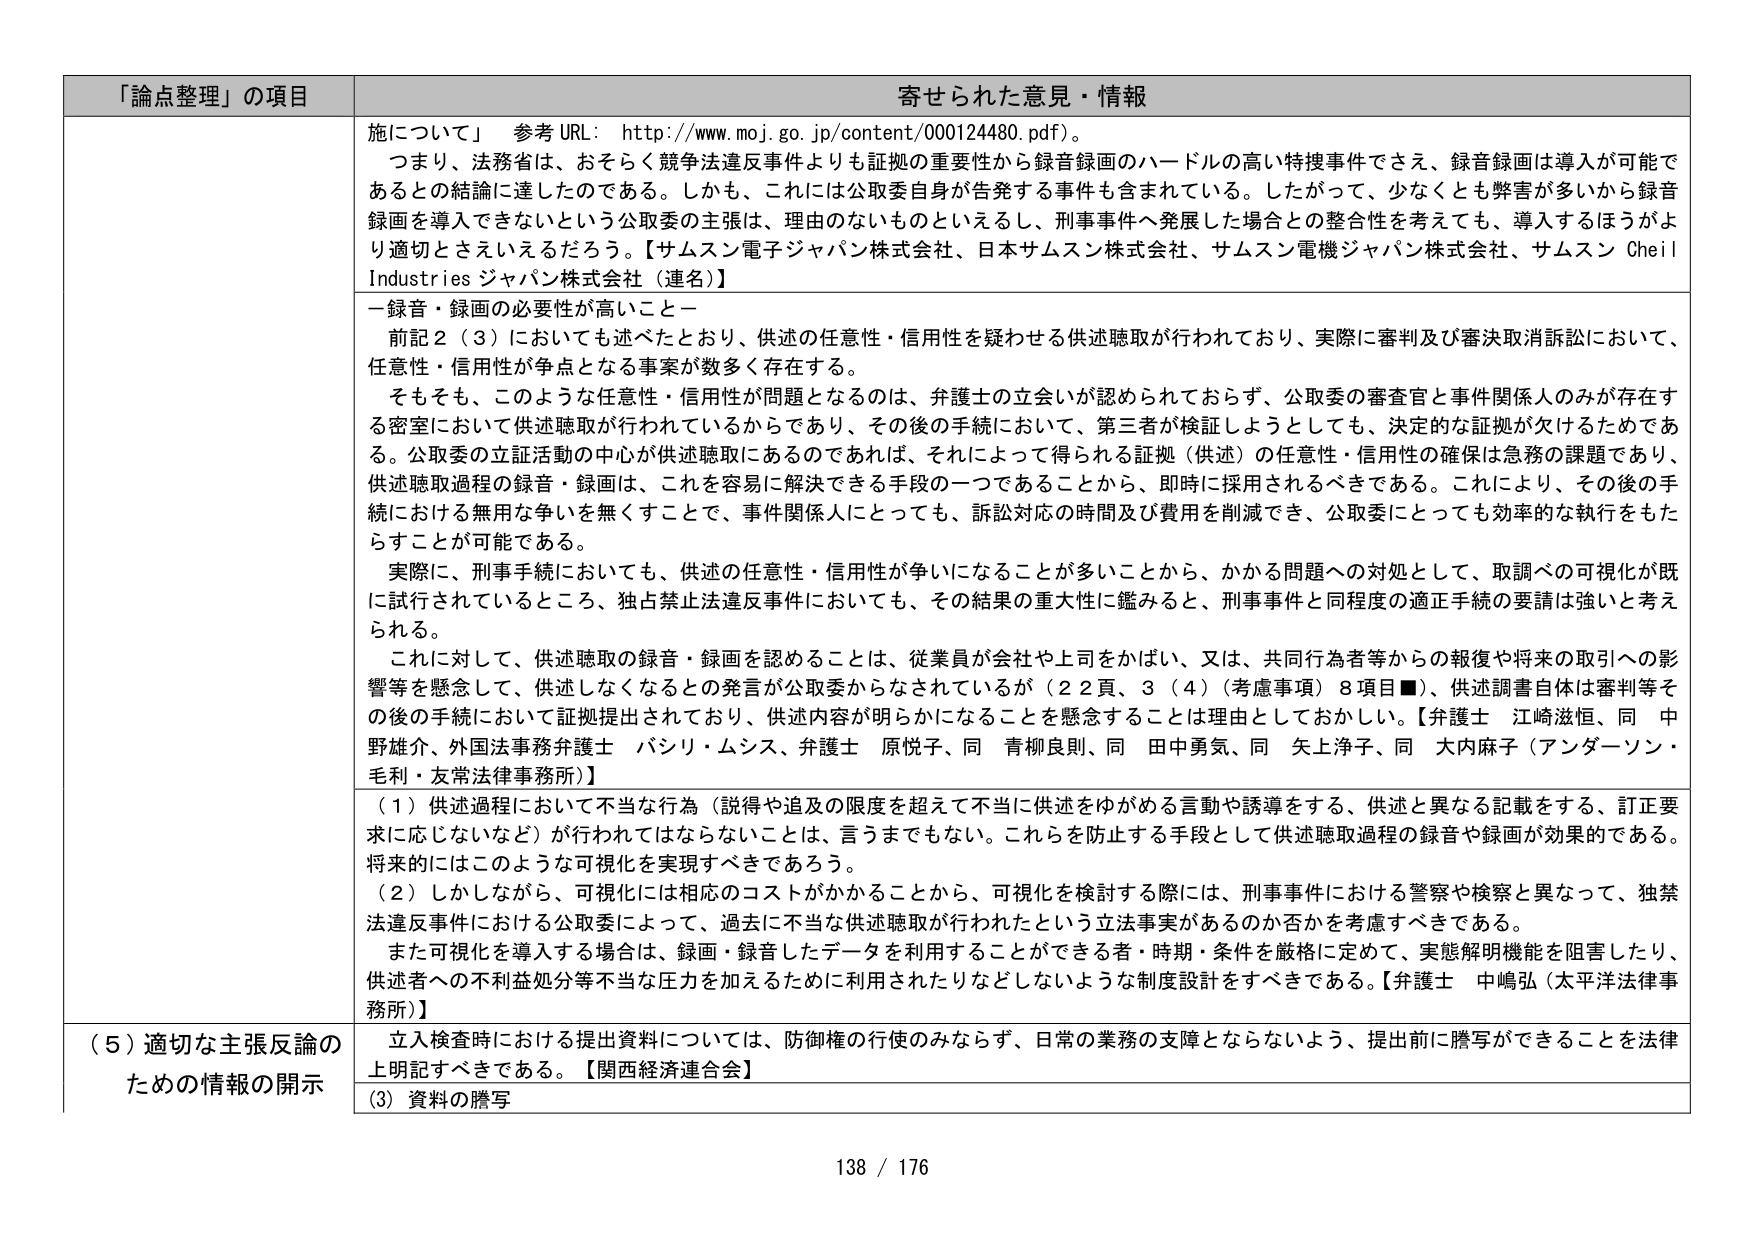
「論点整理」の項目 寄せられた意見・情報
施について」 参考 URL: http://www.moj.go.jp/content/000124480.pdf)。
つまり、法務省は、おそらく競争法違反事件よりも証拠の重要性から録音録画のハードルの高い特捜事件でさえ、録音録画は導入が可能であるとの結論に達したのである。しかも、これには公取委自身が告発する事件も含まれている。したがって、少なくとも弊害が多いから録音録画を導入できないという公取委の主張は、理由のないものといえるし、刑事事件へ発展した場合との整合性を考えても、導入するほうがより適切とさえいえるだろう。【サムスン電子ジャパン株式会社、日本サムスン株式会社、サムスン電機ジャパン株式会社、サムスン Cheil Industries ジャパン株式会社（連名）】
一録音・録画の必要性が高いこと一
前記2（3）においても述べたとおり、供述の任意性・信用性を疑わせる供述聴取が行われており、実際に審判及び審決取消訴訟において、任意性・信用性が争点となる事案が数多く存在する。
そもそも、このような任意性・信用性が問題となるのは、弁護士の立会いが認められておらず、公取委の審査官と事件関係人のみが存在する密室において供述聴取が行われているからであり、その後の手続において、第三者が検証しようとしても、決定的な証拠が欠けるためである。公取委の立証活動の中心が供述聴取にあるのであれば、それによって得られる証拠（供述）の任意性・信用性の確保は急務の課題であり、供述聴取過程の録音・録画は、これを容易に解決できる手段の一つであることから、即時に採用されるべきである。これにより、その後の手続における無用な争いを無くすことで、事件関係人にとっても、訴訟対応の時間及び費用を削減でき、公取委にとっても効率的な執行をもたらすことが可能である。
実際に、刑事手続においても、供述の任意性・信用性が争いになることが多いことから、かかる問題への対処として、取調べの可視化が既に試行されているところ、独占禁止法違反事件においても、その結果の重大性に鑑みると、刑事事件と同程度の適正手続の要請は強いと考えられる。
これに対して、供述聴取の録音・録画を認めることは、従業員が会社や上司をかばい、又は、共同行為者等からの報復や将来の取引への影響等を懸念して、供述しなくなるとの発言が公取委からなされているが（22頁、3（4）（考慮事項）8項目■）、供述調書自体は審判等その後の手続において証拠提出されており、供述内容が明らかになることを懸念することは理由としておかしい。【弁護士 江崎滋恒、同 中野雄介、外国法事務弁護士 バシリ・ムシス、弁護士 原悦子、同 青柳良則、同 田中勇気、同 矢上浄子、同 大内麻子（アンダーソン・毛利・友常法律事務所）】
（1）供述過程において不当な行為（説得や追及の限度を超えて不当に供述をゆがめる言動や誘導をする、供述と異なる記載をする、訂正要求に応じないなど）が行われてはならないことは、言うまでもない。これらを防止する手段として供述聴取過程の録音や録画が効果的である。将来的にはこのような可視化を実現すべきであろう。
（2）しかしながら、可視化には相応のコストがかかることから、可視化を検討する際には、刑事事件における警察や検察と異なって、独禁法違反事件における公取委によって、過去に不当な供述聴取が行われたという立法事実があるのか否かを考慮すべきである。
また可視化を導入する場合は、録画・録音したデータを利用することができる者・時期・条件を厳格に定めて、実態解明機能を阻害したり、供述者への不利益処分等不當な圧力を加えるために利用されたりなどしないような制度設計をすべきである。【弁護士 中嶋弘（太平洋法律事務所）】
（5）適切な主張反論のための情報の開示 立入検査時における提出資料については、防御権の行使のみならず、日常の業務の支障とならないよう、提出前に謄写ができることを法律上明記すべきである。【関西経済連合会】
（3）資料の謄写
138 / 176